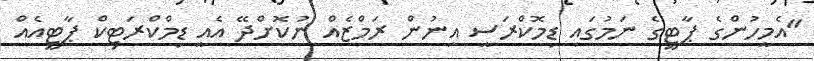
"އެމީހުންގެ ޕާޓީގެ ނަމުގައި ޑިމޮކްރަސީ އިނުން ރަމްޒެއް ނުކޮށްދޭ އެއީ ޑިމްކްރަޓިކް ޕާޓީއެއް